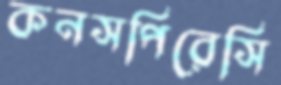
কনসপিরেসি